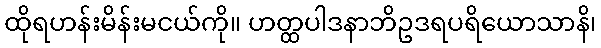
ထိုရဟန်းမိန်းမငယ်ကို။ ဟတ္ထပါဒနာဘိဥဒရပရိယောသာနိ၊